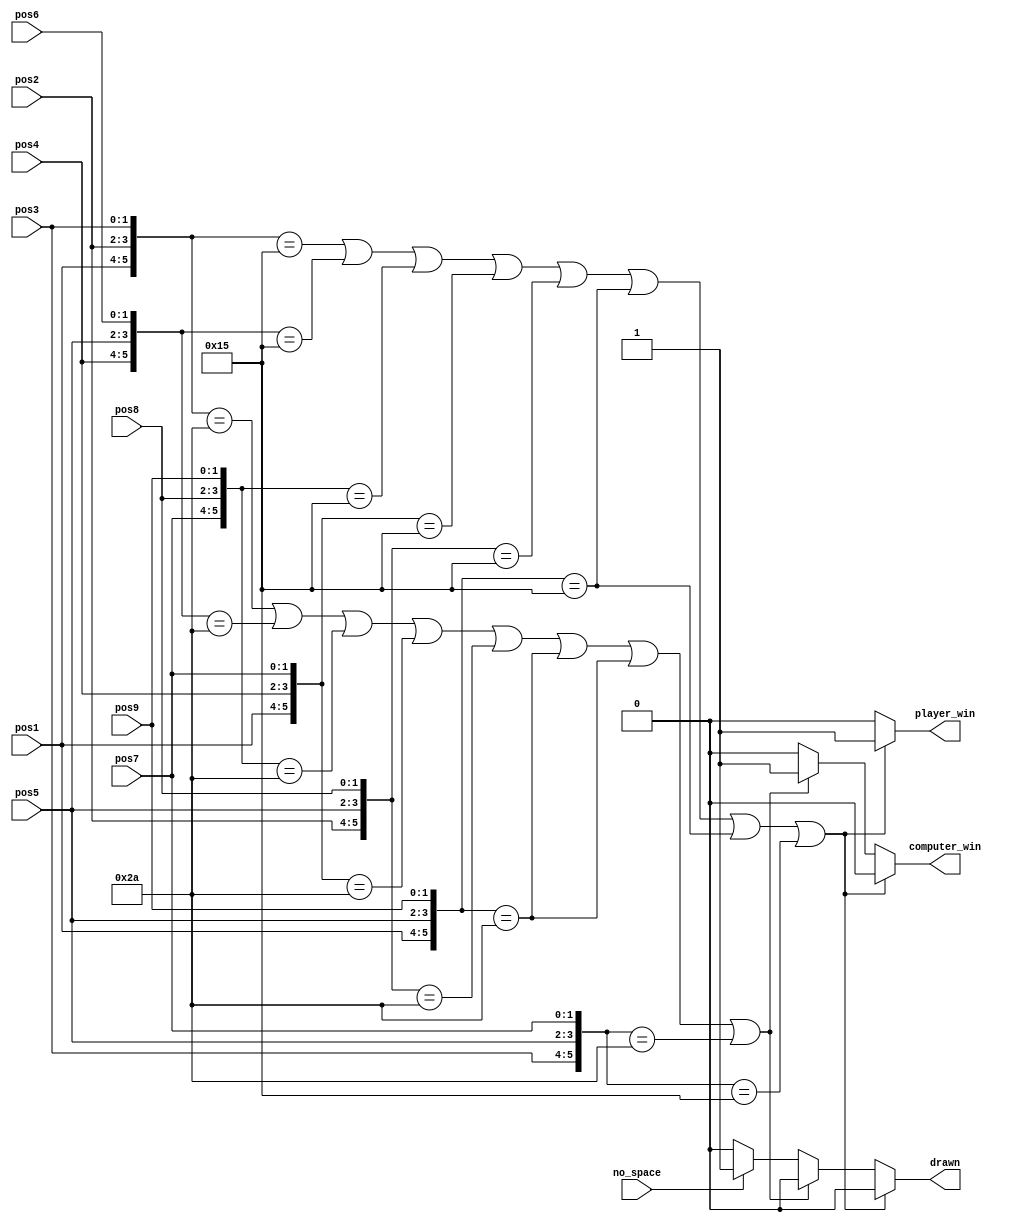
`timescale 1ps / 1ps
//////////////////////////////////////////////////////////////////////////////////
// Company: 
// Engineer: 
// 
// Design Name: 
// Module Name: result
// Project Name: 
// Target Devices: 
// Tool Versions: 
// Description: 
// 
// Dependencies: 
// 
// Revision:
// Revision 0.01 - File Created
// Additional Comments:
// 
//////////////////////////////////////////////////////////////////////////////////


module result(input[1:0] pos1,pos2,pos3,pos4,pos5,pos6,pos7,pos8,pos9,input no_space,output reg player_win,computer_win,drawn);
//computer marks 10 so if three consecutive computer marks are there so 101010 represents the sequence through which computer wins.
//player marks 01 so if three consecutive players marks are there so 010101 represents the sequence through which player wins.
parameter player =6'b010101,computer=6'b101010;// 
//there are 8 possiblities of winning
// win_chance1=(1,2,3);win_chance2= (4,5,6);win_chance3=(7,8,9); win_chance4=(1,4,7);
//win_chance5= (2,5,8);win_chance6=(3,6,9);win_chance7= (1,5,9);win_chance8=(3,5,7).
//we are trying to create all possible combinations of positions of the tic toc toe table.
wire [5:0] win_chance1={pos1,pos2,pos3},win_chance2={pos4,pos5,pos6},win_chance3={pos7,pos8,pos9};
wire [5:0] win_chance4={pos1,pos4,pos7}, win_chance5={pos2,pos5,pos8},win_chance6={pos1,pos5,pos9};
wire [5:0] win_chance7={pos1,pos5,pos9},win_chance8={pos3,pos5,pos7};
wire temp1,temp2;// variables to store the values
assign temp1 =(win_chance1==player)|(win_chance2==player)|(win_chance3==player)|(win_chance4==player)|(win_chance5==player)|(win_chance6==player)|(win_chance7==player)|(win_chance8==player);
// temp1 represents players chance of winning.
assign temp2=(win_chance1==computer)|(win_chance2==computer)|(win_chance3==computer)|(win_chance4==computer)|(win_chance5==computer)|(win_chance6==computer)|(win_chance7==computer)|(win_chance8==computer);
// temp2 represents players chance of winning.
always@(*)
begin
if(temp1)
begin//all the possible combinations of winning and drawing of the game.
player_win=1;
computer_win=0;
drawn=0;
end
else if(temp2)
begin
player_win=0;
computer_win=1;
drawn=0;
end
else if(no_space)
begin
player_win=0;
computer_win=0;
drawn=1;
end
else
begin
player_win=0;
computer_win=0;
drawn=0;
end
end
endmodule